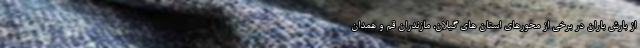
از بارش باران در برخی از محورهای استان های گیلان، مازندران قم و همدان